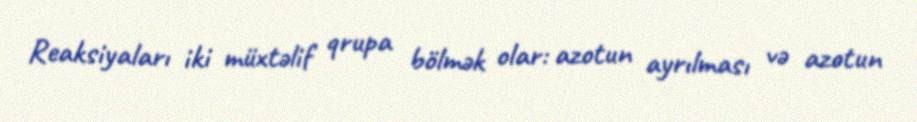
Reaksiyaları iki müxtəlif qrupa bölmək olar: azotun ayrılması və azotun